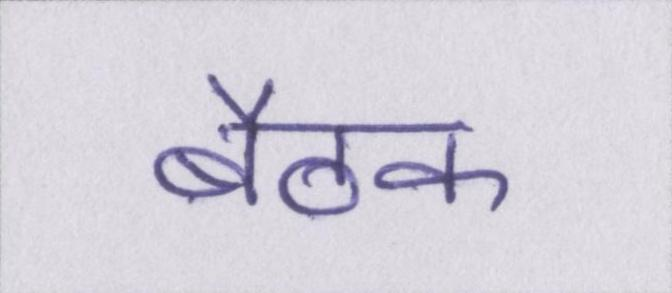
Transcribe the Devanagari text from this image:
बैठक